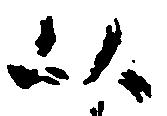
以